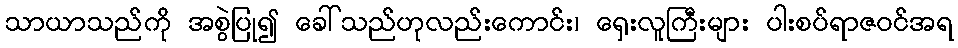
သာယာသည်ကို အစွဲပြု၍ ခေါ်သည်ဟုလည်းကောင်း၊ ရှေးလူကြီးများ ပါးစပ်ရာဇဝင်အရ